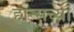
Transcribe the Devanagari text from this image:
हान्सच्या